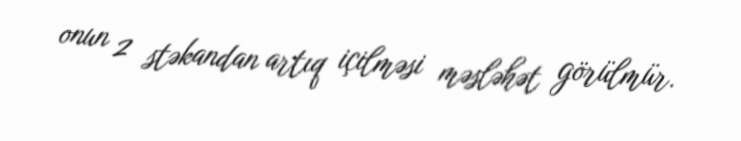
onun 2 stəkandan artıq içilməsi məsləhət görülmür.